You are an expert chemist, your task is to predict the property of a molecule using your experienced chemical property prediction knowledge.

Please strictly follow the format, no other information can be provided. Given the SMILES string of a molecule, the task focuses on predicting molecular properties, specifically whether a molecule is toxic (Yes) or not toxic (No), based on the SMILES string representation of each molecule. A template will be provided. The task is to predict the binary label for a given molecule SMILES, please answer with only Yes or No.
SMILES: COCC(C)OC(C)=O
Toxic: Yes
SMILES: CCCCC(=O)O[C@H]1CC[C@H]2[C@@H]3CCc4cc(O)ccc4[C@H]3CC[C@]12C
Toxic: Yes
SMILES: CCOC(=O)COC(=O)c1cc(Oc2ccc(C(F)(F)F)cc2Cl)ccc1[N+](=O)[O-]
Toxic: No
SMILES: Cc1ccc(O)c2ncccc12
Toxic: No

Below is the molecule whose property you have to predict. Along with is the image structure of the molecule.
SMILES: C=CCOC(=O)c1ccccc1N
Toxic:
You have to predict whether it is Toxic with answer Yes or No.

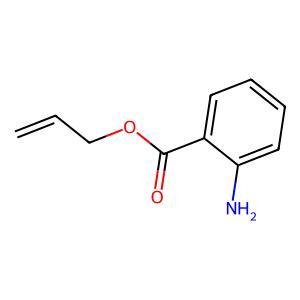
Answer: No